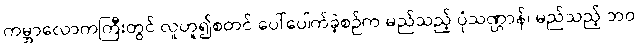
ကမ္ဘာလောကကြီးတွင် လူဟူ၍စတင် ပေါ်ပေါက်ခဲ့စဉ်က မည်သည့် ပုံသဏ္ဌာန်၊ မည်သည့် ဘဝ၊